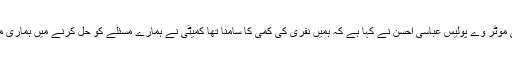
ڈی آئی جی موٹر وے پولیس عباسی احسن نے کہا ہے کہ ہمیں نفری کی کمی کا سامنا تھا کمیٹی نے ہمارے مسئلے کو حل کرنے میں ہماری مدد کی ہے۔